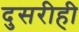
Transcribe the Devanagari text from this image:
दुसरीही